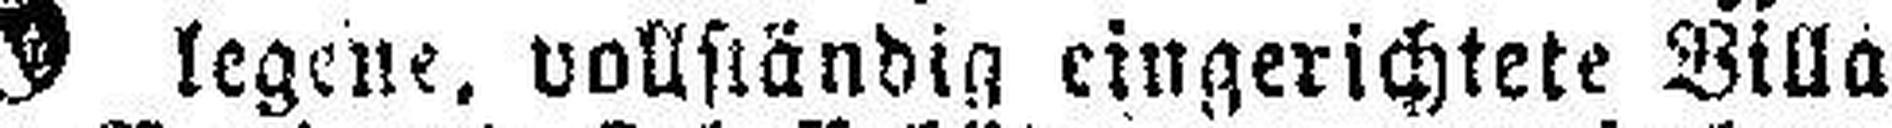
legene, vollständig eingerichtete Villa